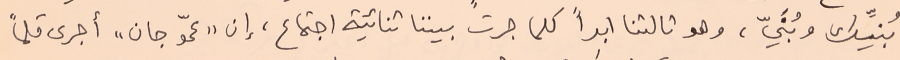
بُنيِّك وبُنَيّ، وهو ثالثنا ابداً كلما جرت بيننا ثنائية اجتماع، إن "عمّو جان" أجرى قلماً